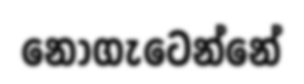
නොගැටෙන්නේ